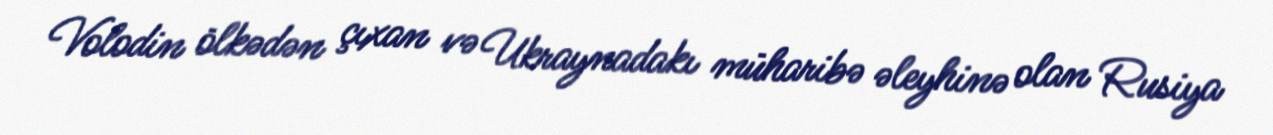
Volodin ölkədən çıxan və Ukraynadakı müharibə əleyhinə olan Rusiya